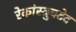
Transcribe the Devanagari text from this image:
रेकांस्त्रुक्टेद